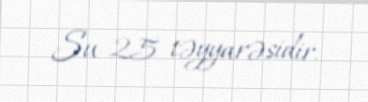
Su-25 təyyarəsidir.